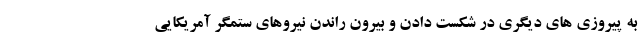
به پیروزی های دیگری در شکست دادن و بیرون راندن نیروهای ستمگر آمریکایی